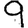
Digit: 9